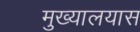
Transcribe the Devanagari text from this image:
मुख्यालयास